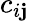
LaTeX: c_{i\mathbf{j}}